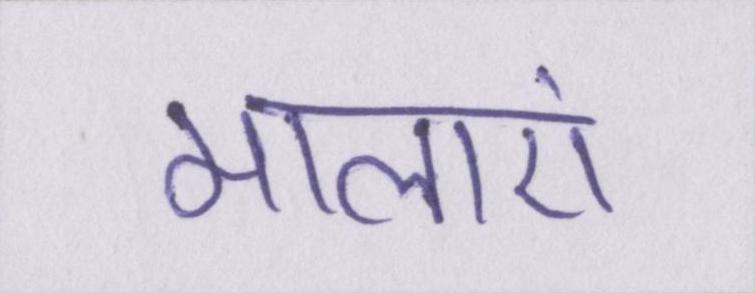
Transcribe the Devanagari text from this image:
मालाएं